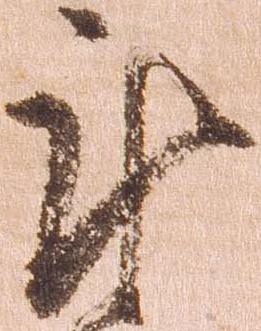
謹